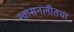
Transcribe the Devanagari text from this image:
श्वासनलीतथा